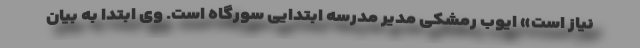
نیاز است» ایوب رمشکی مدیر مدرسه ابتدایی سورگاه است. وی ابتدا به بیان